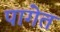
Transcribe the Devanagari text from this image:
पागेत